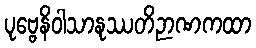
ပုဗ္ဗေနိဝါသာနုဿတိဉာဏကထာ